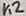
Text: K2